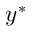
y ^ { \ast }